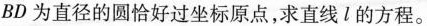
BD为直径的圆恰好过坐标原点，求直线l的方程